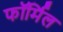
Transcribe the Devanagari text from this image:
फॉर्मिल